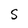
Character: S